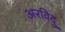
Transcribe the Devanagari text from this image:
अरविदु